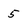
Character: 5